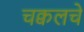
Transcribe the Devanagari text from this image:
चक्वलचे